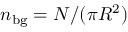
n _ { \mathrm { b g } } = N / ( \pi R ^ { 2 } )